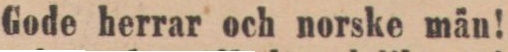
Gode herrar och norske män!